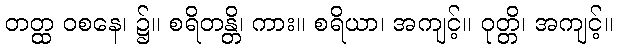
တတ္ထ ဝစနေ၊ ၌။ စရိတန္တိ၊ ကား။ စရိယာ၊ အကျင့်။ ဝုတ္တိ၊ အကျင့်။